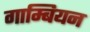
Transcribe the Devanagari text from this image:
गाम्बियन